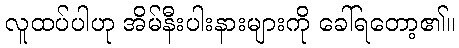
လူထပ်ပါဟု အိမ်နီးပါးနားများကို ခေါ်ရတော့၏။